Mental hospitals Bombay report 1929-33 - 1929-1933
Year: 1929
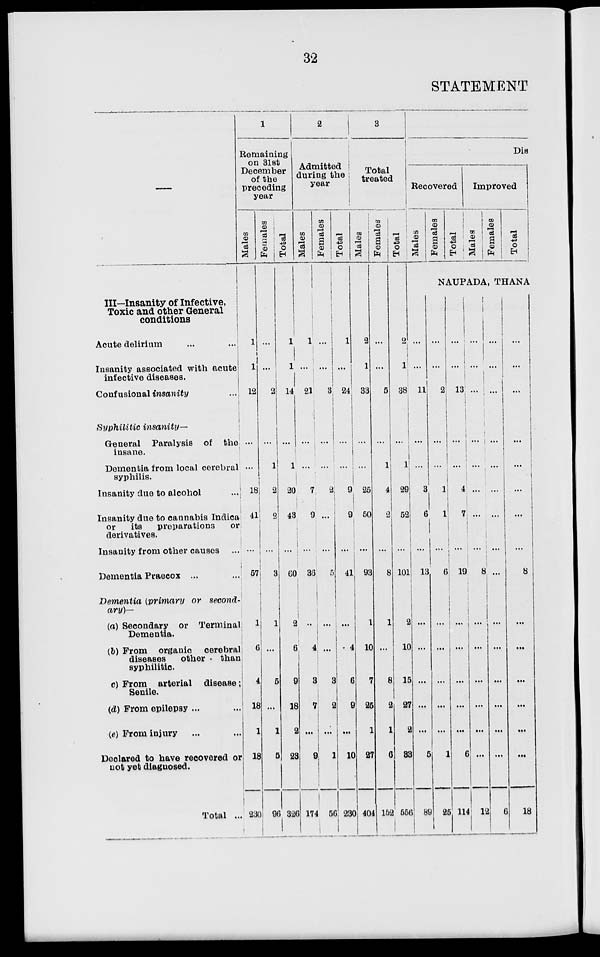
32
STATEMENT
—
III—Insanity of Infective,
Toxic and other General
conditions
Acute delirium ... ...
Insanity associated with acute
infective diseases.
Confusional insanity ...
Syphilitic
insanity-
General
Paralysis of the
insane.
Dementia from local cerebral
syphilis.
Insanity due to alcohol ...
Insanity due to cannabis Indica
or
its
preparations
or
derivatives.
Insanity from other causes ...
Dementia Praecox ... ...
Dementia (primary or second-
ary)—
(a) Secondary or Terminal
Dementia.
(b) From organic
cerebral
diseases
other
than
syphilitic.
c) From arterial
disease;
Senile.
(d) From epilepsy ... ...
(e) From injury ... ...
Declared to have recovered or
not yet diagnosed.
Total ...
1
Remaining
on 31st
December
of the
preceding
year
Males
1
1
12
...
...
18
41
...
57
1
6
4
18
1
18
230
Females
...
...
2
...
1
2
2
...
3
1
...
5
...
1
5
96
Total
1
1
14
...
1
20
43
...
60
2
6
9
18
2
23
326
2
Admitted
during the
year
Males
1
...
21
...
...
7
9
...
36
...
4
3
7
...
9
174
Females
...
...
3
...
...
2
...
...
5
...
...
3
2
...
1
56
Total
1
...
24
...
...
9
9
...
41
...
4
6
9
...
10
230
3
Total
treated
Males
2
1
33
...
...
25
50
...
93
1
10
7
25
1
27
404
Females
...
...
5
...
1
4
2
...
8
1
...
8
2
1
6
152
Total
2
1
...
...
1
29
52
...
101
2
10
15
27
2
33
556
Dis
Recovered
Males
Females
Total
Improved
Males
Females
Total
NAUPADA, THANA
...
...
11
...
...
3
6
...
13
...
...
...
...
...
5
89
...
...
2
...
...
1
1
...
6
...
...
...
...
...
1
25
...
...
13
...
...
4
7
...
19
...
...
...
...
...
6
114
...
...
...
...
...
...
...
...
8
...
...
...
...
...
...
12
...
...
...
...
...
...
...
...
...
...
...
...
...
...
...
6
...
...
...
...
...
...
...
...
8
...
...
...
...
...
...
18